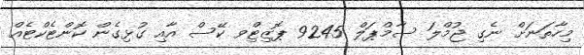
މިހާތަނަށް ނެގި ޖުމްލަ ސާމްޕަލް 9245 ޕޮޒިޓިްވ ކޭސް އާއި ގުޅިގެން ކޮންޓެކްޓެއް